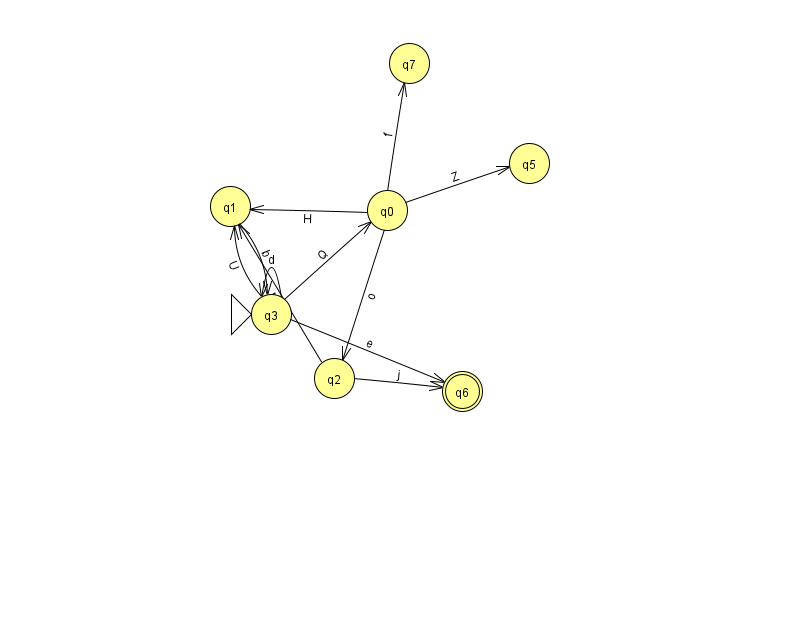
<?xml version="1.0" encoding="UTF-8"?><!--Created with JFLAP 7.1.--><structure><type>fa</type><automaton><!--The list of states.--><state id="0" name="q0"><x>387.0</x><y>197.0</y></state><state id="1" name="q1"><x>230.0</x><y>193.0</y></state><state id="2" name="q2"><x>334.0</x><y>365.0</y></state><state id="3" name="q3"><x>271.0</x><y>301.0</y><initial/></state><state id="5" name="q5"><x>529.0</x><y>150.0</y></state><state id="6" name="q6"><x>462.0</x><y>378.0</y><final/></state><state id="7" name="q7"><x>409.0</x><y>50.0</y></state><!--The list of transitions.--><transition><from>3</from><to>1</to><read>U</read></transition><transition><from>2</from><to>6</to><read>j</read></transition><transition><from>3</from><to>0</to><read>Q</read></transition><transition><from>0</from><to>5</to><read>Z</read></transition><transition><from>3</from><to>3</to><read>d</read></transition><transition><from>1</from><to>3</to><read>b</read></transition><transition><from>0</from><to>7</to><read>f</read></transition><transition><from>3</from><to>6</to><read>e</read></transition><transition><from>0</from><to>2</to><read>o</read></transition><transition><from>0</from><to>1</to><read>H</read></transition><transition><from>2</from><to>1</to><read>M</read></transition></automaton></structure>